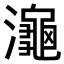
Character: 𪷾